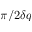
\pi / 2 \delta q